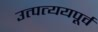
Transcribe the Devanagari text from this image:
उत्पत्ययपूर्व